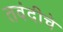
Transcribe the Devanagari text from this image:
तवंदीचे